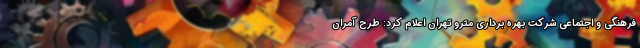
فرهنگی و اجتماعی شرکت بهره برداری مترو تهران اعلام کرد: طرح آمران